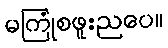
မကြုံစဖူးညပေ။